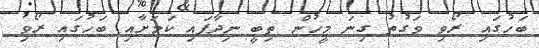
ބަހުގައި ރޯވި ވަގުތު ގިނަ މީހުން ތިބީ ނިދާފައި ކަމަށާއި ބަހުގައި ރޯވި